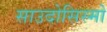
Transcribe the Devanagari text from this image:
साउदोसिस्मो